Civil Veterinary Department Bihar reports 1936-40 - 1936-1940
Year: 1936
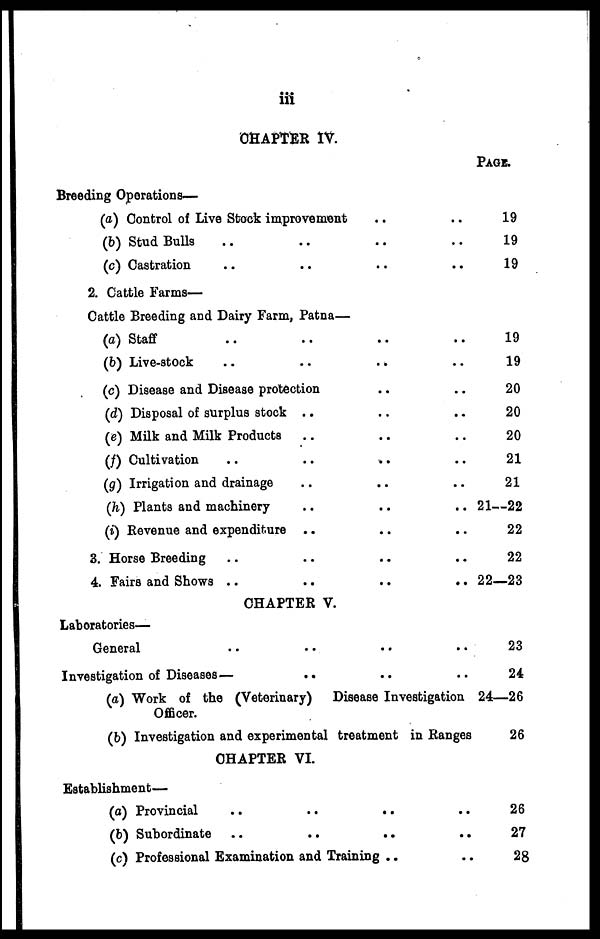
iii
CHAPTER IV.
Breeding Operations—
(a) Control of Live Stock improvement .. ..
(b) Stud Bulls .. .. .. ..
(c) Castration .. .. .. ..
2. Cattle Farms-
Cattle Breeding and Dairy Farm, Patna—
(a) Staff .. .. .. ..
(b) Live-stock .. .. .. ..
(c) Disease and Disease protection .. ..
(d) Disposal of surplus stock .. .. ..
(e) Milk and Milk Products .. .. ..
(f) Cultivation .. .. .. ..
(g) Irrigation and drainage .. .. ..
(h) Plants and machinery .. .. ..
(i) Revenue and expenditure .. .. ..
3. Horse Breeding .. .. .. ..
4. Fairs and Shows ..
..
..
..
CHAPTER V.
Laboratories—
General .. .. .. ..
Investigation of Diseases—
.. .. ..
(a) Work of the (Veterinary) Disease Investigation
Officer.
(b) Investigation and experimental treatment in Ranges
CHAPTER VI.
Establishment—
(a) Provincial .. .. .. ..
(b) Subordinate .. .. .. ..
(c) Professional Examination and Training .. ..
PAGE.
19
19
19
19
19
20
20
20
21
21
21—22
22
22
22—23
23
24
24—26
26
26
27
28